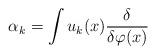
LaTeX: \begin{align*}\alpha_{k} =\int u_{k}(x) {\delta \over {\delta \varphi (x)}}\end{align*}